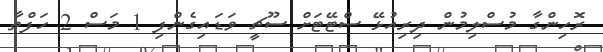
ރޮހިންގާ މުސްލިމުން ދިރިއުޅޭ ސްޓޭޓަށް ސޫޗީ ވަޑައިގެންފި 1 މަސް 2 ހަފްތާ